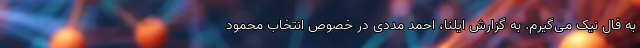
به فال نیک می‌گیرم. به گزارش ایلنا، احمد مددی در خصوص انتخاب محمود